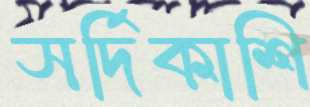
সর্দিকাশি